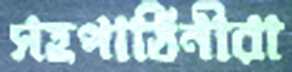
সহপাঠিনীরা